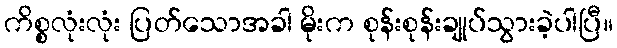
ကိစ္စလုံးလုံး ပြတ်သောအခါ မိုးက စုန်းစုန်းချုပ်သွားခဲ့ပါပြီ။